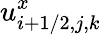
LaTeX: u_{i+1/2,j,k}^{x}